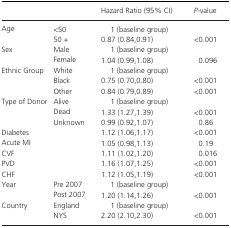
<table><thead><tr><td></td><td></td><td><b>Hazard Ratio (95% CI)</b></td><td><b><i>P</i>‐value</b></td></tr></thead><tbody><tr><td rowspan="2">Age</td><td>&lt;50</td><td>1 (baseline group)</td><td></td></tr><tr><td>50 +</td><td>0.87 (0.84,0.91)</td><td>&lt;0.001</td></tr><tr><td rowspan="2">Sex</td><td>Male</td><td>1 (baseline group)</td><td></td></tr><tr><td>Female</td><td>1.04 (0.99,1.08)</td><td>0.096</td></tr><tr><td rowspan="3">Ethnic Group</td><td>White</td><td>1 (baseline group)</td><td></td></tr><tr><td>Black</td><td>0.75 (0.70,0.80)</td><td>&lt;0.001</td></tr><tr><td>Other</td><td>0.84 (0.79,0.89)</td><td>&lt;0.001</td></tr><tr><td rowspan="3">Type of Donor</td><td>Alive</td><td>1 (baseline group)</td><td></td></tr><tr><td>Dead</td><td>1.33 (1.27,1.39)</td><td>&lt;0.001</td></tr><tr><td>Unknown</td><td>0.99 (0.92,1.07)</td><td>0.86</td></tr><tr><td colspan="2">Diabetes</td><td>1.12 (1.06,1.17)</td><td>&lt;0.001</td></tr><tr><td colspan="2">Acute MI</td><td>1.05 (0.98,1.13)</td><td>0.19</td></tr><tr><td colspan="2">CVF</td><td>1.11 (1.02,1.20)</td><td>0.016</td></tr><tr><td colspan="2">PVD</td><td>1.16 (1.07,1.25)</td><td>&lt;0.001</td></tr><tr><td colspan="2">CHF</td><td>1.12 (1.05,1.19)</td><td>&lt;0.001</td></tr><tr><td rowspan="2">Year</td><td>Pre 2007</td><td>1 (baseline group)</td><td></td></tr><tr><td>Post 2007</td><td>1.20 (1.14,1.26)</td><td>&lt;0.001</td></tr><tr><td rowspan="2">Country</td><td>England</td><td>1 (baseline group)</td><td></td></tr><tr><td>NYS</td><td>2.20 (2.10,2.30)</td><td>&lt;0.001</td></tr></tbody></table>